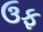
ઉફ